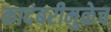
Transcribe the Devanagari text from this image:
कादंबरीमुळेच